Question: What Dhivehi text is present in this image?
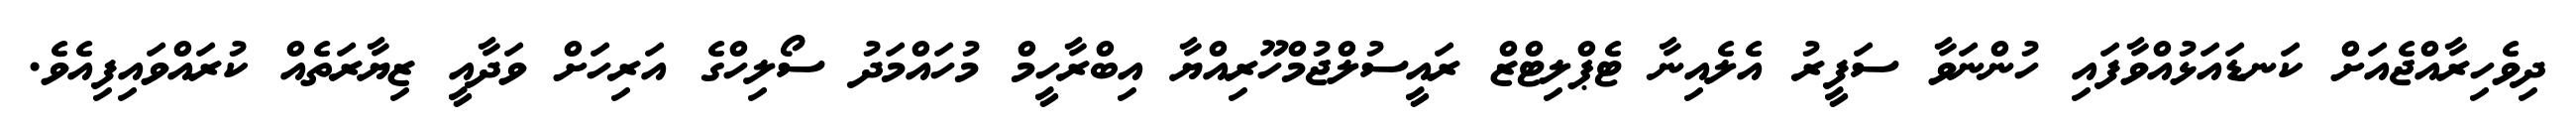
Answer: ދިވެހިރާއްޖެއަށް ކަނޑައަޅުއްވާފައި ހުންނަވާ ސަފީރު އެލެއިނާ ޓެޕްލިޓްޒް ރައީސުލްޖުމްހޫރިއްޔާ އިބްރާހީމް މުހައްމަދު ސޯލިހްގެ އަރިހަށް ވަދާއީ ޒިޔާރަތެއް ކުރައްވައިފިއެވެ.